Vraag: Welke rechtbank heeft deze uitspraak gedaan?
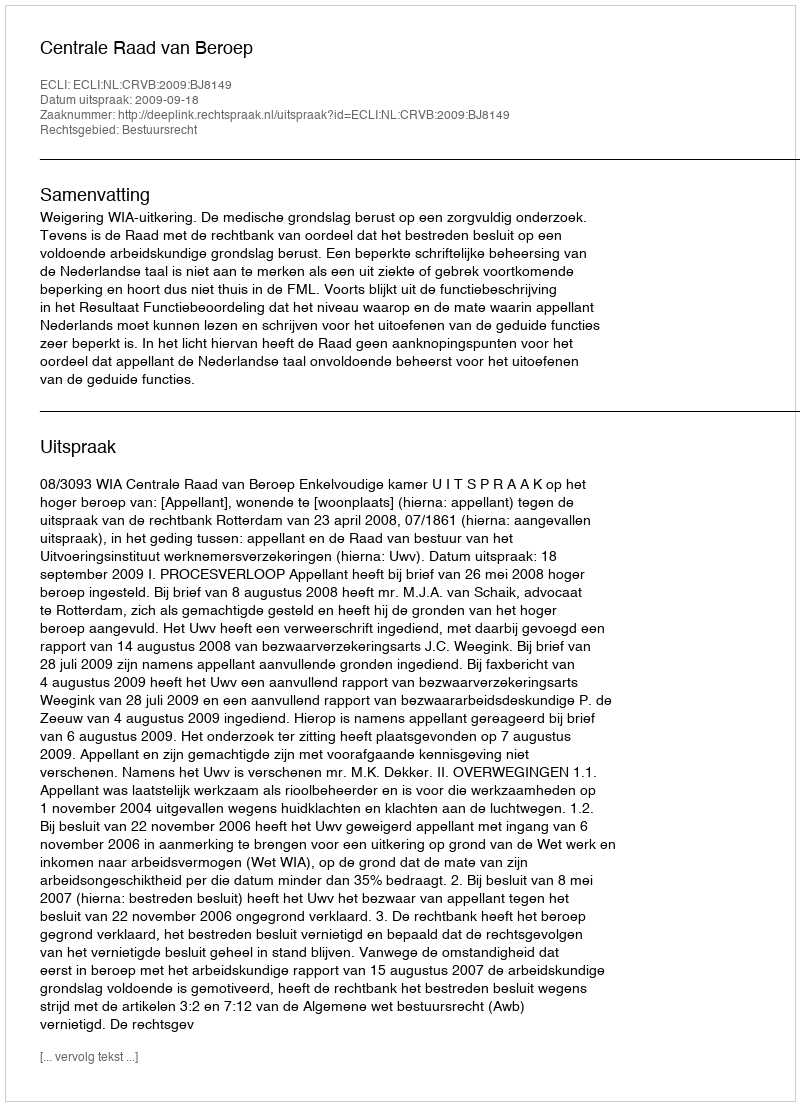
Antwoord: Centrale Raad van Beroep